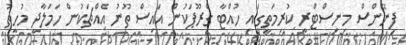
ފިނޭންސް މިނިސްޓްރީ ކުރިމަތީގައި ހުއްޓާ ގްރޫޕަކުން އައިސް ތޫނު އެއްޗަކުން ހަމަލާދީ މުހީތު